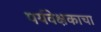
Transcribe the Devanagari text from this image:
पर्यवेक्षकाचा